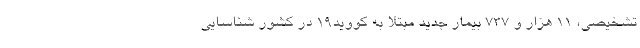
تشخیصی، ۱۱ هزار و ۷۳۷ بیمار جدید مبتلا به کووید۱۹ در کشور شناسایی